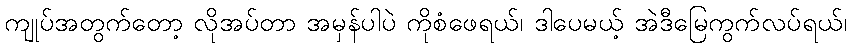
ကျုပ်အတွက်တော့ လိုအပ်တာ အမှန်ပါပဲ ကိုစံဖေရယ်၊ ဒါပေမယ့် အဲဒီမြေကွက်လပ်ရယ်၊